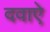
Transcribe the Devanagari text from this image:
दवाऐ